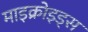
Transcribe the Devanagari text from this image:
माइक्रोइड्स